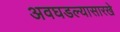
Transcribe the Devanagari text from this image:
अवघडल्यासारखे